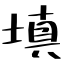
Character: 填